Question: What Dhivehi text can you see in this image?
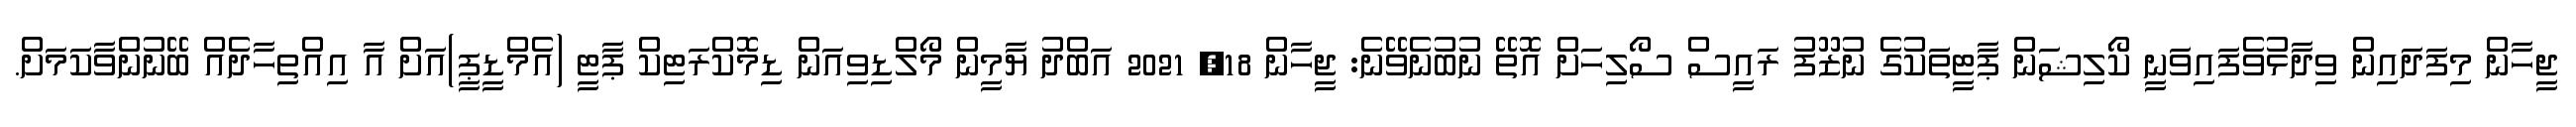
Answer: ޖީހާން މިފަދައިން ވިދާޅުވެފައިވަނީ ކޯލިޝަން ޕާޓީތަކުގެ ނުޒޫފު ރައީސް ސޯލިހަށް އޮތޭ ނުބުނެވޭނެ: ޖީހާން 18, 2021 އަބްދު ޔާމީން މޯލްޑިވިއަން ޑިމޮކްރަޓިކް ޕާޓީ (އެމްޑީޕީ)އަށް އާ އިއްތިހާދެއް ބޭނުންވާކަމަށް.